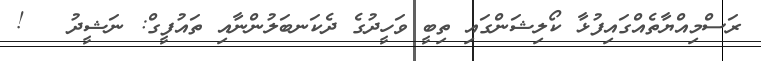
ރަސްމިއްޔާތެއްގައިފުޅާ ކޯލިޝަންގައި ތިބީ ވަހީދުގެ ދެކަނބަލުންނާއި ތައުފީގް: ނަޝީދު   !